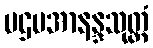
ပဌမအာနန္ဒသုတ္တံ